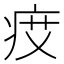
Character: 𤵽